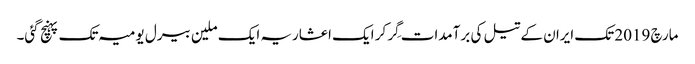
مارچ 2019 تک ایران کے تیل کی برآمدات گِر کر ایک اعشاریہ ایک ملین بیرل یومیہ تک پہنچ گئی۔